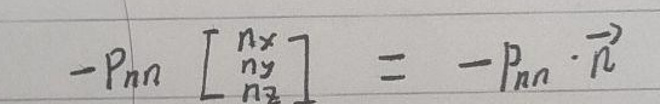
\[ - p_{nn} \begin{bmatrix} n_x \\ n_y \\ n_z \end{bmatrix} = - p_{nn} \cdot \vec{n} \]